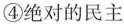
④绝对的民主